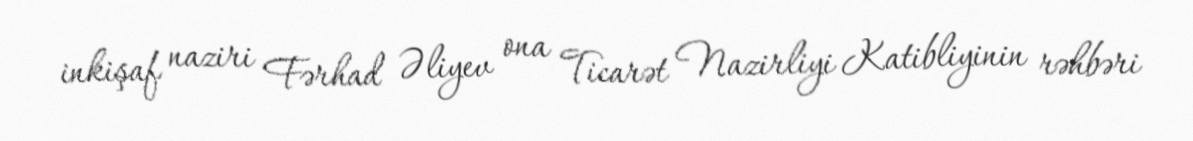
inkişaf naziri Fərhad Əliyev ona Ticarət Nazirliyi Katibliyinin rəhbəri